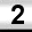
Digit: 2